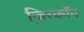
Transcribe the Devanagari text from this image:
जि़रकॉन